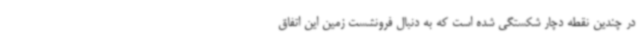
در چندین نقطه دچار شکستگی شده است که به دنبال فرونشست زمین این اتفاق